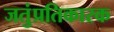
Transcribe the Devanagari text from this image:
जतुंप्रतिकारक